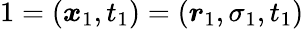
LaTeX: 1=(\boldsymbol{x}_{1},t_{1})=(\boldsymbol{r}_{1},\sigma_{1},t_{1})